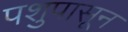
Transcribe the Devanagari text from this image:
पशुपासून